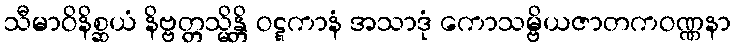
သီမာဝိနိစ္ဆယံ နိဗ္ဗတ္တသ္မိန္တိ ဝဋ္ဋကာနံ အသာဒုံ ကောသမ္ဗိယဇာတကဝဏ္ဏနာ